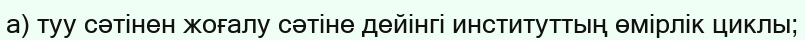
а) туу сәтінен жоғалу сәтіне дейінгі институттың өмірлік циклы;